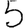
Digit: 5